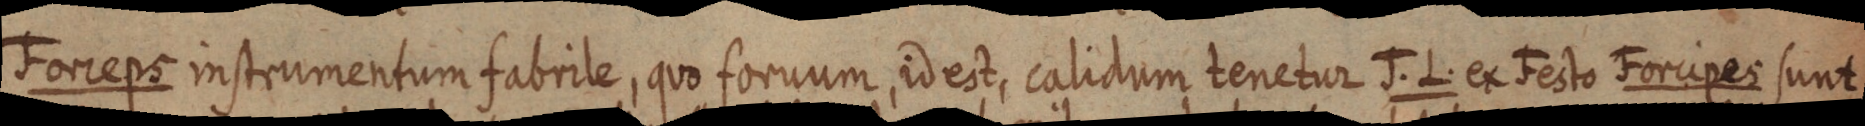
Forreps instrumentum fabrile, quo foruum, id est, calidum tenetur J. L. ex Festo Forcipes sunt